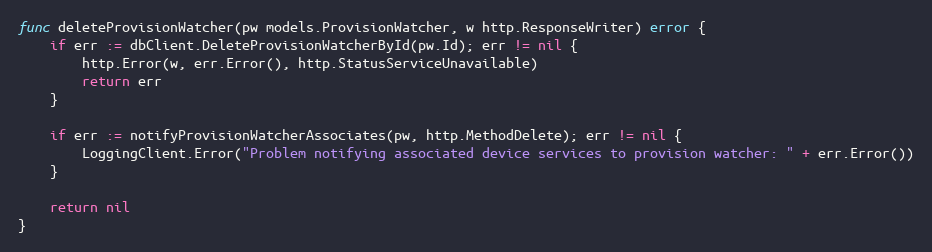
Language: Go
func deleteProvisionWatcher(pw models.ProvisionWatcher, w http.ResponseWriter) error {
	if err := dbClient.DeleteProvisionWatcherById(pw.Id); err != nil {
		http.Error(w, err.Error(), http.StatusServiceUnavailable)
		return err
	}

	if err := notifyProvisionWatcherAssociates(pw, http.MethodDelete); err != nil {
		LoggingClient.Error("Problem notifying associated device services to provision watcher: " + err.Error())
	}

	return nil
}